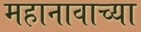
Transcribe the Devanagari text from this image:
महानावाच्या